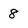
Character: 8